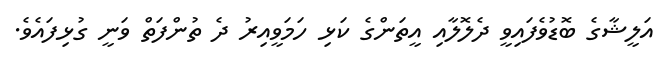
އަލީޝާގެ ބޮޑުވެފައިވީ ދެލޮލާއި އީތަންގެ ކަޅި ހަމަވީއިރު ދެ ތުންފަތް ވަނީ ގުޅިފައެވެ.